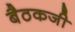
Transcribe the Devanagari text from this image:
बैठकजी